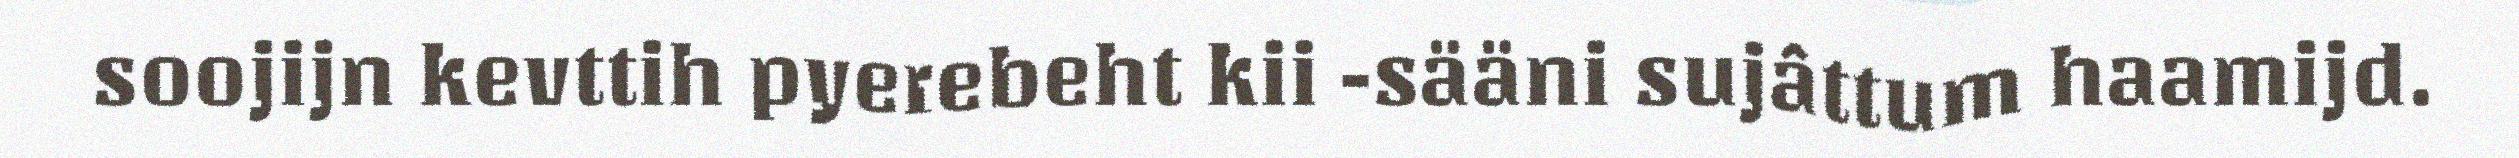
soojijn kevttih pyerebeht kii -sääni sujâttum haamijd.